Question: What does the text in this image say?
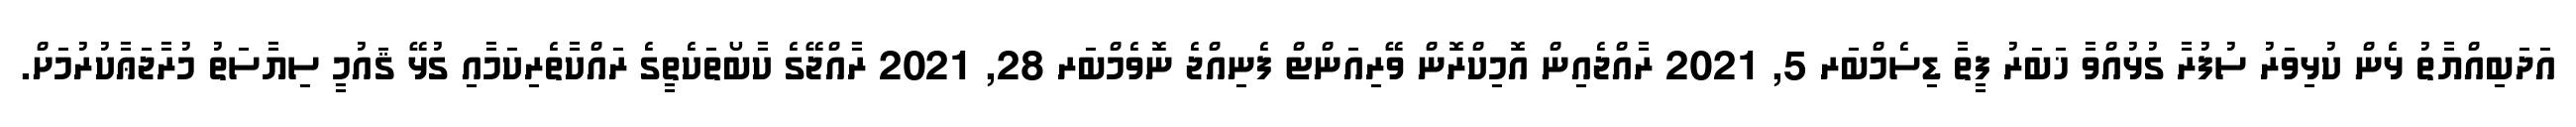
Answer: އަދަބިއްޔާތު ޅެން ކުޅިވަރު ސުފުރާ ގުޅުއްވާ ޚަބަރު ފީތާ ޑިސެމްބަރ 5, 2021 ރާއްޖެއިން އޮމިކްރޮން ވޭރިއަންޓް ފެނިއްޖެ ނޮވެމްބަރ 28, 2021 ރާއްޖޭގެ ކާބޯތަކެތީގެ ރައްކާތެރިކަމާއި ގުޅޭ ޤައުމީ ސިޔާސަތު މުރާޖަޢާކުރުމަށް.